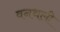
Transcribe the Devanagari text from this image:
वनथली